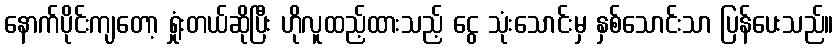
နောက်ပိုင်းကျတော့ ရှုံးတယ်ဆိုပြီး ဟိုလူထည့်ထားသည့် ငွေ သုံးသောင်းမှ နှစ်သောင်းသာ ပြန်ပေးသည်။